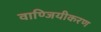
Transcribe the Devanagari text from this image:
वाण्जियीकरण